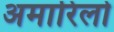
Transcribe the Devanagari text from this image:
अमारिलो